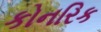
કોનરિક